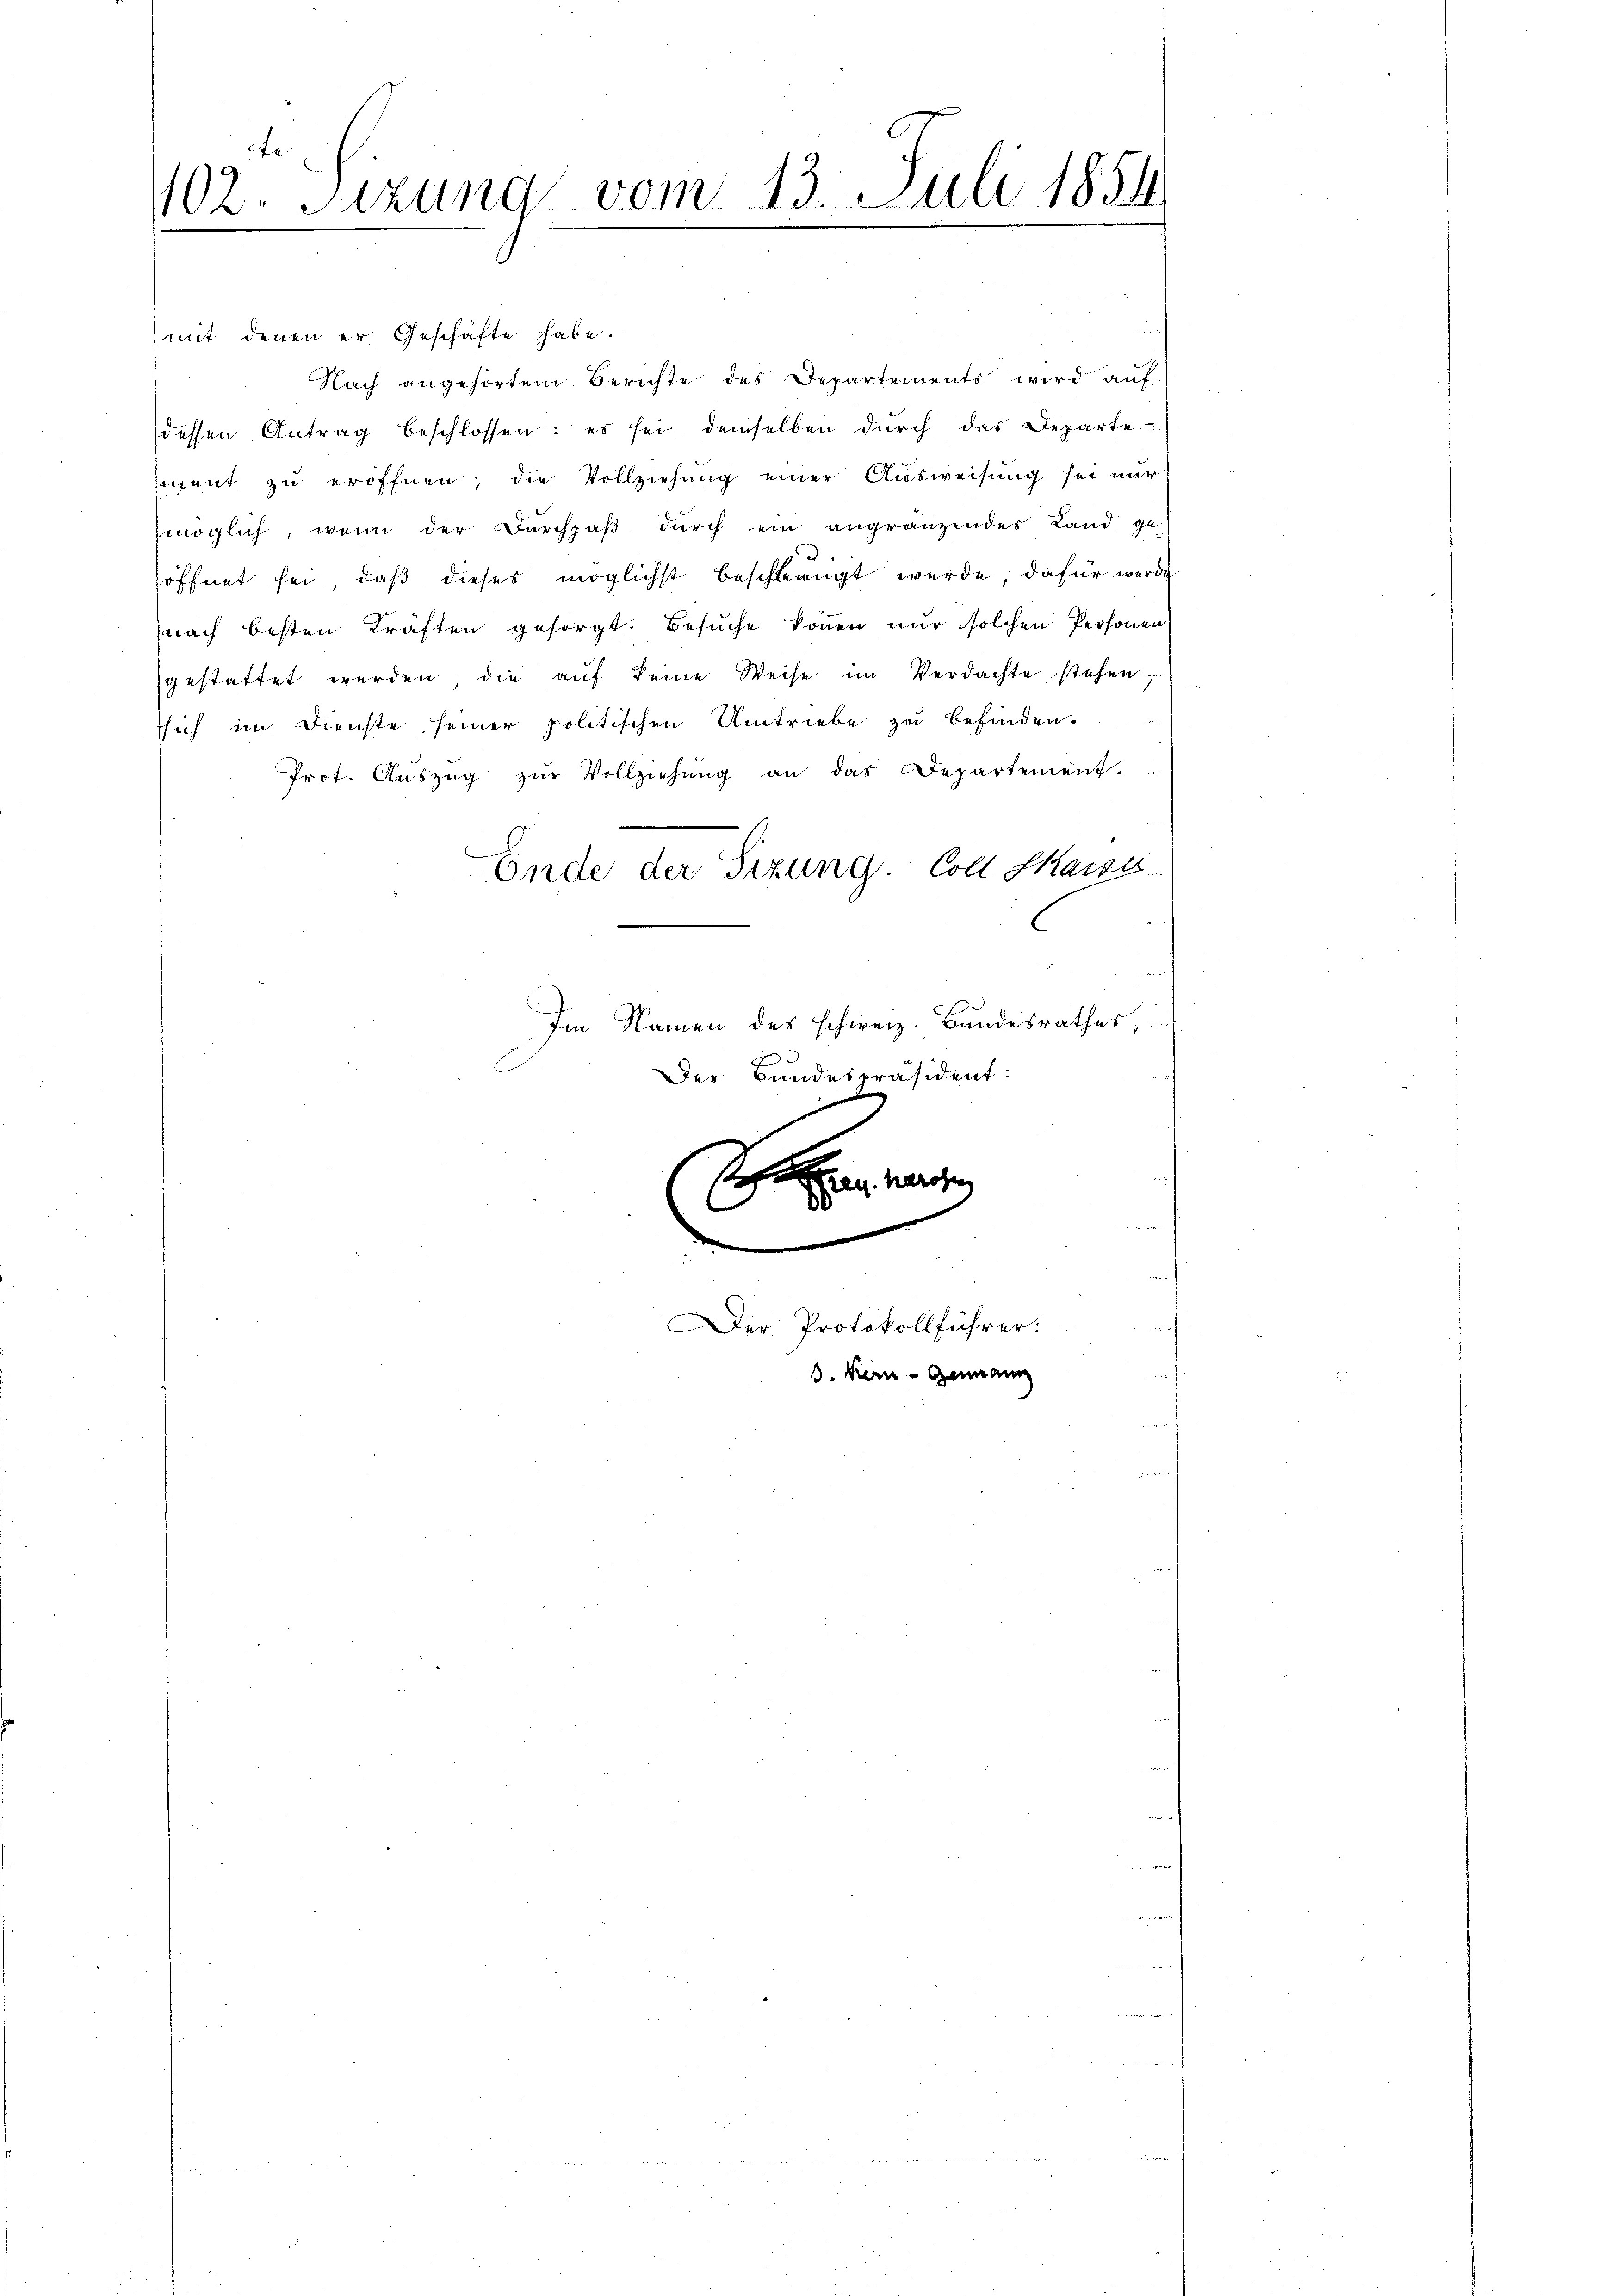
102. Sitzung vom 13. Juli 1854

e
mit denen er Geschäfte habe.
Nach angehörten Berichte des Departements wird auf
dessen Antrag beschlossen: es sei demselben dŭrch das Departe
ment zŭ eröffnen, die Vollziehŭng einer Aŭsweisŭng sei nŭr
möglich, wenn der Durchpaβ dŭrch ein angränzendes Land ge-
öffnet sei, daß dieses möglichst beschleengt werde, dafür werde
nach besten Kräften gesorgt. Besŭche können nur solchen Personen
gestattet werden, die auf keine Weise im Verdachte stehen-
ssich im Dienste seiner politischen Umtriebe zu befinden.
Prot. Aŭszŭg zŭr Vollziehŭng an das Departement-
Ende der Sitzung. Coll Marza
C
Im Namen des schweiz. Bundesrathes,
.
Der Bundespräsident:

1
B
80
C
d

Der Protokollführer:

s. Mein - Genann

u. Herose